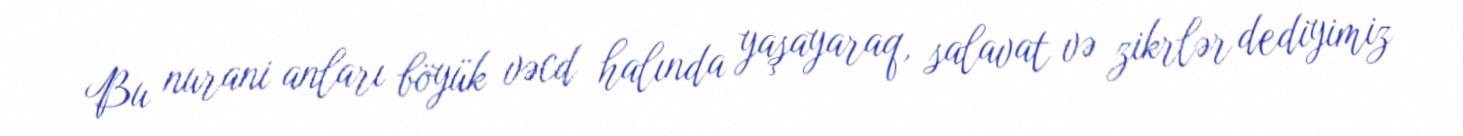
Bu nurani anları böyük vəcd halında yaşayaraq, salavat və zikrlər dediyimiz